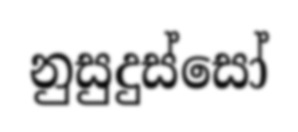
නුසුදුස්සෝ